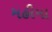
મહીમા